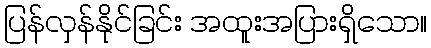
ပြန်လှန်နိုင်ခြင်း အထူးအပြားရှိသော။